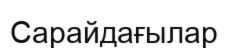
Сарайдағылар